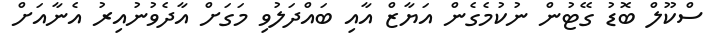
ސްކޫލް ބޮޑު ގޭޓުން ނުކުމެގެން އަޔާޒް އާއި ބައްދަލުވި މަގަށް އާދެވުނުއިރު އެނާއަށް